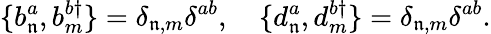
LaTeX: \{ b_{\mathfrak{n}}^{a},b_{m}^{b\dagger}\} =\delta_{\mathfrak{n},m}\delta^{ab},\quad\{ d_{\mathfrak{n}}^{a},d_{m}^{b\dagger}\} =\delta_{\mathfrak{n},m}\delta^{ab}.